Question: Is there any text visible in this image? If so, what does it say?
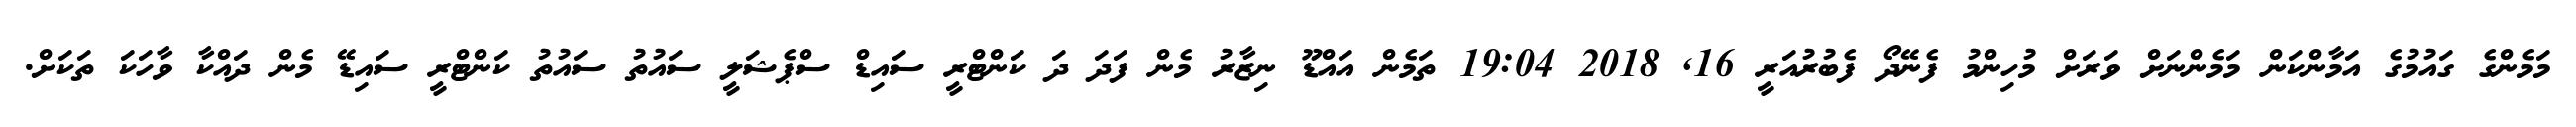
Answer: މަމެންގެ ގައުމުގެ އަމާންކަން މަމެންނަށް ވަރަށް މުހިންމު ފެނޭދޯ ފެބުރުއަރީ 16, 2018 19:04 ތަމެން އައްޑޫ ނިޒާރު މެން ފަދަ ދަ ކަންޓްރީ ސައިޑް ސްޕެޝަލީ ސައުތު ސައުތު ކަންޓްރީ ސައިޑޭ މެން ދައްކާ ވާހަކަ ތަކަށް.